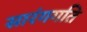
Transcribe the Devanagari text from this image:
सारंगगति